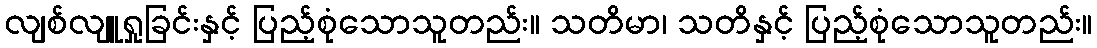
လျစ်လျူရှုခြင်းနှင့် ပြည့်စုံသောသူတည်း။ သတိမာ၊ သတိနှင့် ပြည့်စုံသောသူတည်း။